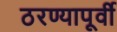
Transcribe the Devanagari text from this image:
ठरण्यापूर्वी